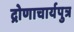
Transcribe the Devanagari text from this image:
द्रोणाचार्यपुत्र